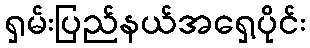
ရှမ်းပြည်နယ်အရှေ့ပိုင်း